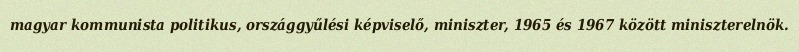
magyar kommunista politikus, országgyűlési képviselő, miniszter, 1965 és 1967 között miniszterelnök.